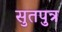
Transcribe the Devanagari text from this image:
सुतपुत्र